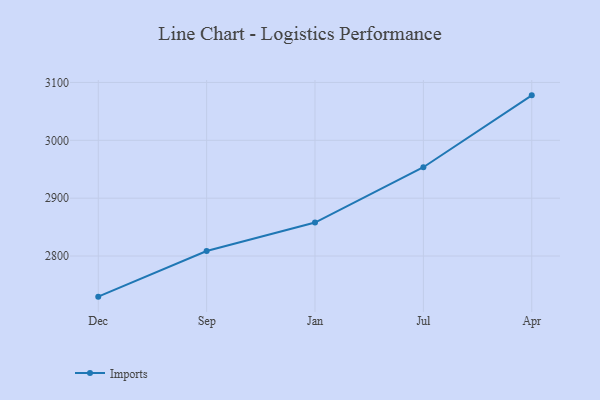
{"axis": {"x": "Month", "y": "Active Users"}, "legend": ["Imports"], "data": [{"x": "Dec", "y": 2729.8, "type": "Imports"}, {"x": "Sep", "y": 2808.7, "type": "Imports"}, {"x": "Jan", "y": 2857.8, "type": "Imports"}, {"x": "Jul", "y": 2953.5, "type": "Imports"}, {"x": "Apr", "y": 3077.7, "type": "Imports"}]}